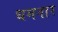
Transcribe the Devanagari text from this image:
धमनार